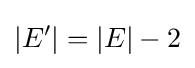
|E'|=|E|-2